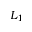
L _ { 1 }